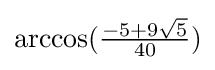
{\textstyle \arccos({\frac {-5+9{\sqrt {5}}}{40}})}